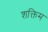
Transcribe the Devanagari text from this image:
शक्तिम